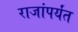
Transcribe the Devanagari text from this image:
राजांपर्यंत